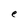
Character: e